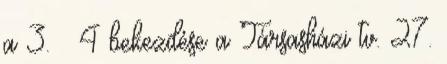
a 3. § 4 bekezdése a Társasházi tv. 27.